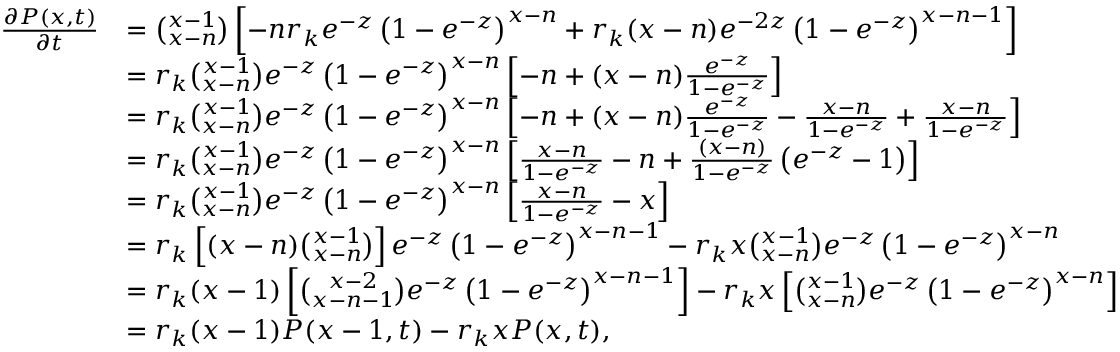
\begin{array} { r l } { \frac { \partial P ( x , t ) } { \partial t } } & { = \binom { x - 1 } { x - n } \left[ - n r _ { k } e ^ { - z } \left( 1 - e ^ { - z } \right) ^ { x - n } + r _ { k } ( x - n ) e ^ { - 2 z } \left( 1 - e ^ { - z } \right) ^ { x - n - 1 } \right] } \\ & { = r _ { k } \binom { x - 1 } { x - n } e ^ { - z } \left( 1 - e ^ { - z } \right) ^ { x - n } \left[ - n + ( x - n ) \frac { e ^ { - z } } { 1 - e ^ { - z } } \right] } \\ & { = r _ { k } \binom { x - 1 } { x - n } e ^ { - z } \left( 1 - e ^ { - z } \right) ^ { x - n } \left[ - n + ( x - n ) \frac { e ^ { - z } } { 1 - e ^ { - z } } - \frac { x - n } { 1 - e ^ { - z } } + \frac { x - n } { 1 - e ^ { - z } } \right] } \\ & { = r _ { k } \binom { x - 1 } { x - n } e ^ { - z } \left( 1 - e ^ { - z } \right) ^ { x - n } \left[ \frac { x - n } { 1 - e ^ { - z } } - n + \frac { ( x - n ) } { 1 - e ^ { - z } } \left( e ^ { - z } - 1 \right) \right] } \\ & { = r _ { k } \binom { x - 1 } { x - n } e ^ { - z } \left( 1 - e ^ { - z } \right) ^ { x - n } \left[ \frac { x - n } { 1 - e ^ { - z } } - x \right] } \\ & { = r _ { k } \left[ ( x - n ) \binom { x - 1 } { x - n } \right] e ^ { - z } \left( 1 - e ^ { - z } \right) ^ { x - n - 1 } - r _ { k } x \binom { x - 1 } { x - n } e ^ { - z } \left( 1 - e ^ { - z } \right) ^ { x - n } } \\ & { = r _ { k } ( x - 1 ) \left[ \binom { x - 2 } { x - n - 1 } e ^ { - z } \left( 1 - e ^ { - z } \right) ^ { x - n - 1 } \right] - r _ { k } x \left[ \binom { x - 1 } { x - n } e ^ { - z } \left( 1 - e ^ { - z } \right) ^ { x - n } \right] } \\ & { = r _ { k } ( x - 1 ) P ( x - 1 , t ) - r _ { k } x P ( x , t ) , } \end{array}